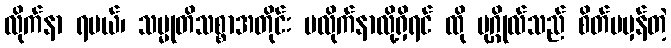
လိုက်နာ ရမယ်၊ သမ္မုတိသစ္စာအတိုင်း မလိုက်နာလို့ရှိရင် ထို ပုဂ္ဂိုလ်သည် စိတ်မမှန်တဲ့